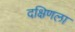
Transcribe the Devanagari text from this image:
दक्षिणला